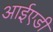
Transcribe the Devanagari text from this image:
आईएडी